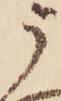
う